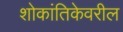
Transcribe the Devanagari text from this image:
शोकांतिकेवरील